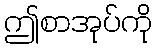
ဤစာအုပ်ကို